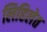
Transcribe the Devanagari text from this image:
लिहिलेत